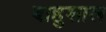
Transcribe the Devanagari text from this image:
बाहुशाल